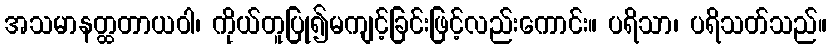
အသမာနတ္ထတာယဝါ၊ ကိုယ်တူပြု၍မကျင့်ခြင်းဖြင့်လည်းကောင်း။ ပရိသာ၊ ပရိသတ်သည်။